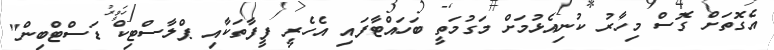
އެގޮތަށް ގޮސް މިހާރު ކުނިއެޅުމަށް މަގުމަތީ ބަހައްޓާފައި އެހެރީ ފީފާތަކާއި ޕްލާސްޓިކް ޑަސްޓްބިން"